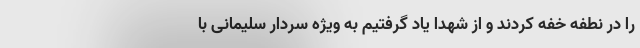
را در نطفه خفه کردند و از شهدا یاد گرفتیم به ویژه سردار سلیمانی با